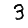
Digit: 3